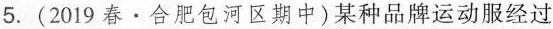
5.(2019春·合肥包河区期中)某种品牌运动服经过